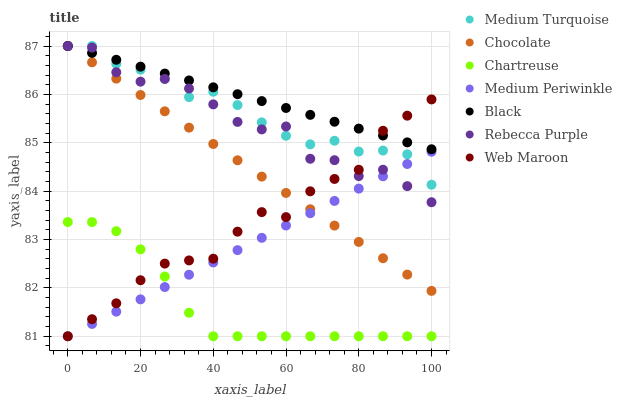
| xaxis_label | Medium Turquoise | Chocolate | Chartreuse | Medium Periwinkle | Black | Rebecca Purple | Web Maroon |
 | --- | --- | --- | --- | --- | --- | --- | --- |
 | 0 | 87 | 87 | 83.4 | 81 | 87 | 87 | 81 |
 | 6.67 | 87 | 86.7 | 83.4 | 81.3 | 86.9 | 87 | 81.4 |
 | 13.3 | 86.6 | 86.3 | 83.2 | 81.5 | 86.7 | 86.5 | 81.7 |
 | 20 | 86.5 | 86 | 82.8 | 81.8 | 86.6 | 86.3 | 82.2 |
 | 26.7 | 86.3 | 85.7 | 82.2 | 82 | 86.4 | 86.3 | 82.5 |
 | 33.3 | 85.9 | 85.3 | 81.5 | 82.3 | 86.3 | 86.1 | 82.6 |
 | 40 | 86.1 | 85 | 81 | 82.5 | 86.1 | 85.8 | 82.6 |
 | 46.7 | 85.8 | 84.6 | 81 | 82.8 | 86 | 85.4 | 83.2 |
 | 53.3 | 85.4 | 84.3 | 81 | 83 | 85.9 | 85.3 | 83.6 |
 | 60 | 85.1 | 84 | 81 | 83.3 | 85.7 | 85.3 | 83.5 |
 | 66.7 | 85 | 83.6 | 81 | 83.5 | 85.6 | 84.7 | 84 |
 | 73.3 | 85 | 83.3 | 81 | 83.8 | 85.4 | 84.6 | 84.3 |
 | 80 | 84.8 | 83 | 81 | 84.1 | 85.3 | 84.3 | 84.4 |
 | 86.7 | 84.8 | 82.6 | 81 | 84.3 | 85.2 | 84.4 | 85.2 |
 | 93.3 | 84.8 | 82.3 | 81 | 84.6 | 85 | 84.1 | 85.6 |
 | 100 | 84.1 | 81.9 | 81 | 84.8 | 84.9 | 83.8 | 85.9 |